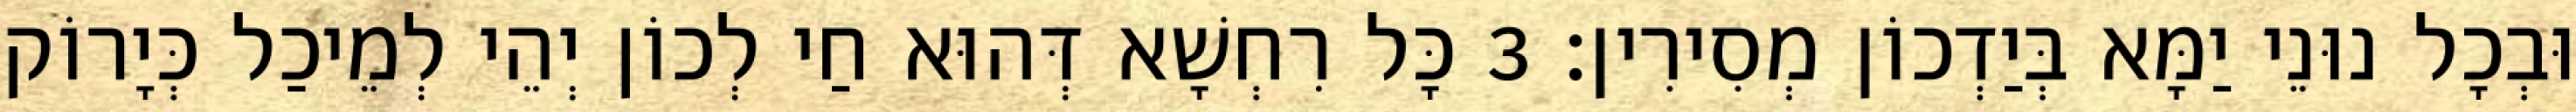
וּבְכָל נוּנֵי יַמָּא בְּיַדְכוֹן מְסִירִין׃ 3 כָּל רִחְשָׁא דְּהוּא חַי לְכוֹן יְהֵי לְמֵיכַל כְּיָרוֹק